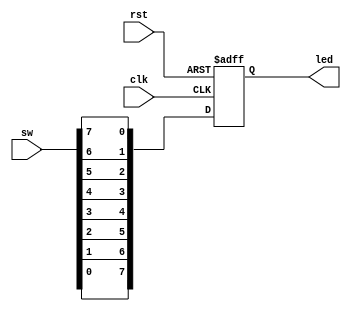
module test(
input clk,
input rst,
input [7:0] sw,
output reg [7:0] led);

always@(posedge clk or posedge rst)
begin
    if(rst)
        led <= 8'haa;
    else 
        led <= {sw[0],sw[1],sw[2],sw[3],sw[4],sw[5],sw[6],sw[7]};
end         
endmodule